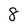
Character: 8